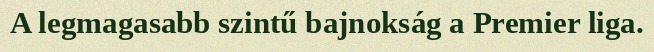
A legmagasabb szintű bajnokság a Premier liga.